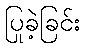
ပြုခဲ့ခြင်း